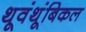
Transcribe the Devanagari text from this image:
थूवंथूंबिकल